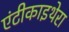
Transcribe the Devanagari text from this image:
एंटीकाइथेरा